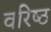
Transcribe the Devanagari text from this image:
वरिष्‍ठ